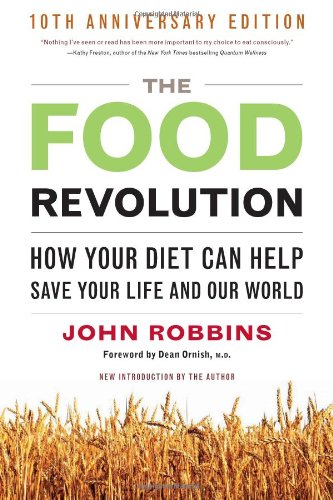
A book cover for The Food Revolution: How Your Diet Can Help Save Your Life and Our World; John Robbins; Cookbooks, Food & Wine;